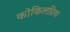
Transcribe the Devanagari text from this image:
कोकिलप्रिया